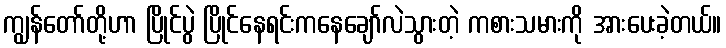
ကျွန်တော်တို့ဟာ ပြိုင်ပွဲ ပြိုင်နေရင်းကနေချော်လဲသွားတဲ့ ကစားသမားကို အားပေးခဲ့တယ်။